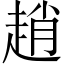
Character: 趙